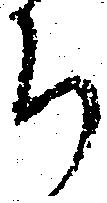
ち